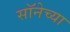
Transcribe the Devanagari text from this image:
सॉनेच्या